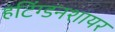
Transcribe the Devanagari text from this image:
हंटिंग्डनशायर